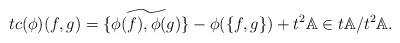
LaTeX: \begin{align*}tc(\phi)(f,g) = \widetilde{\{\phi(f) ,\phi(g) \}} - \phi(\{f,g\}) + t^2 \mathbb{A} \in t\mathbb{A}/t^2\mathbb{A} .\end{align*}